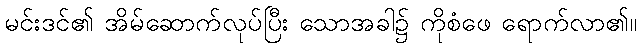
မင်းဒင်၏ အိမ်ဆောက်လုပ်ပြီး သောအခါ၌ ကိုစံဖေ ရောက်လာ၏။